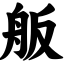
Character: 舨